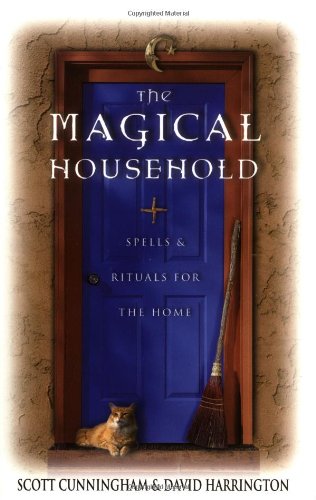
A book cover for The Magical Household: Spells & Rituals for the Home (Llewellyn's Practical Magick Series); David Harrington; Religion & Spirituality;